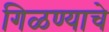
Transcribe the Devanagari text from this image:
गिळण्याचे